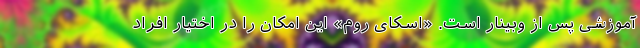
آموزشی پس از وبینار است. «اسکای روم» این امکان را در اختیار افراد